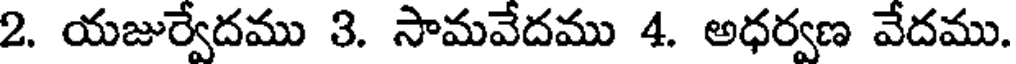
2. యజుర్వేదము 3. సామవేదము 4. అధర్వణ వేదము.